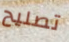
تصليح